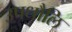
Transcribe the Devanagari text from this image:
उपधौलि